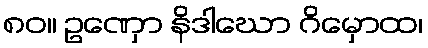
၈၀။ ဥဏှော နိဒါဃော ဂိမှောထ၊